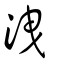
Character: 洩